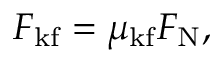
F _ { \mathrm { k f } } = \mu _ { \mathrm { k f } } F _ { \mathrm { N } } ,